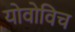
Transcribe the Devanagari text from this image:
योवोविच